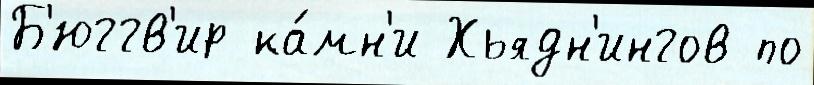
Б'юггв'ир ка́мн'и Хьядн'ингов по